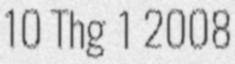
10 Thg 1 2008